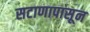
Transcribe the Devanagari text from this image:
सटाणापासून